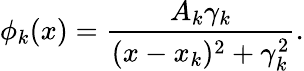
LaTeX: \phi_{k}(x)=\frac{A_{k}\gamma_{k}}{(x-x_{k})^{2}+\gamma_{k}^{2}}.